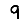
Digit: 9